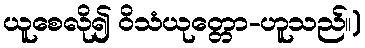
ယူစေလို၍ ဝိသံယုတ္တော-ဟူသည်။)